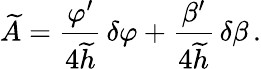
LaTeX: \widetilde{A}={\frac{\varphi^{\prime}}{4\widetilde{h}}}\, \delta\varphi+{\frac{\beta^{\prime}}{4\widetilde{h}}}\, \delta\beta\, .